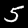
Digit: 5